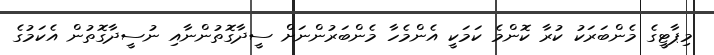
މިޕާޓީގެ މެންބަރަކު ކުރާ ކޮންމެ ކަމަކީ އެންމެހާ މެންބަރުންނަށް ސީދާގޮތުންނާއި ނުސީދާގޮތުން އެކަމުގެ